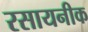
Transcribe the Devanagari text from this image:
रसायनीक